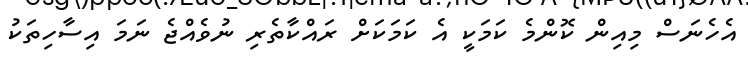
އެހެނަސް މިއިން ކޮންމެ ކަމަކީ އެ ކަމަކަށް ރައްކާތެރި ނުވެއްޖެ ނަމަ އިސާހިތަކު